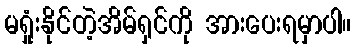
မရှုံးနိုင်တဲ့အိမ်ရှင်ကို အားပေးရမှာပါ။